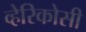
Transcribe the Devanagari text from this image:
व्हेरिकोसी